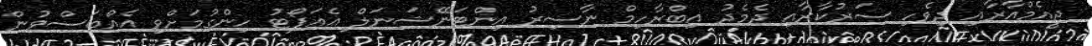
ޖީއެމްއާރާއި ދިވެހި ސަރުކާރާއި ދެމެދު އިބްރާހިމް ނާސިރު އިންޓަނޭޝަނަލް އެއަޕޯޓު ހިންގުމަށްވި އެއްބަސްވުން